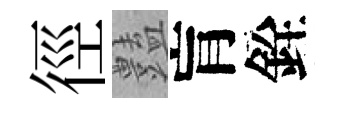
徑𧰟肓銓